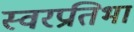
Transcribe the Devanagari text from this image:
स्वरप्रतिभा